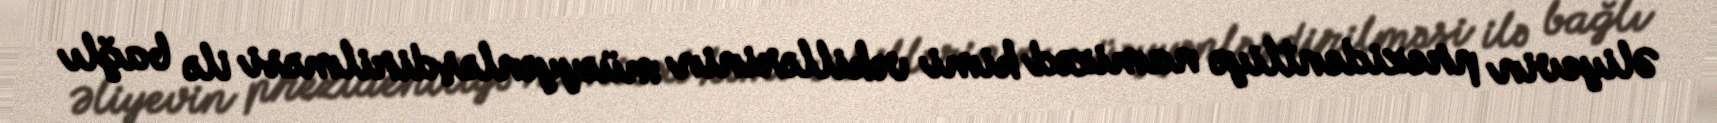
Əliyevin prezidentliyə namizəd kimi vəkillərinin müəyyənləşdirilməsi ilə bağlı